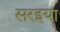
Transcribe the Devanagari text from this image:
सरइया